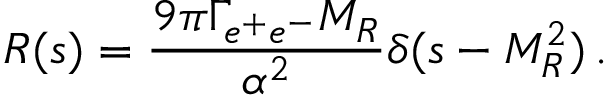
R ( s ) = \frac { 9 \pi \Gamma _ { e ^ { + } e ^ { - } } M _ { R } } { \alpha ^ { 2 } } \delta ( s - M _ { R } ^ { 2 } ) \, .